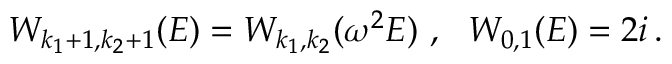
W _ { k _ { 1 } + 1 , k _ { 2 } + 1 } ( E ) = W _ { k _ { 1 } , k _ { 2 } } ( \omega ^ { 2 } E ) ~ , ~ ~ W _ { 0 , 1 } ( E ) = 2 i \, .